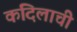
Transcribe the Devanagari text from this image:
कंदिलाची